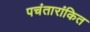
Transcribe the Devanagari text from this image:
पचंतारांकित